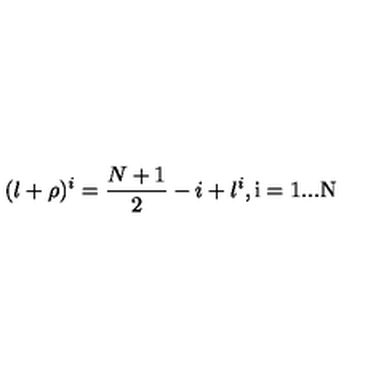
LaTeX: ( l + \rho ) ^ { i } = \frac { N + 1 } { 2 } - i + l ^ { i } \mathrm { , i = 1 . . . N }